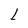
Character: L